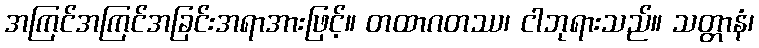
အကြင်အကြင်အခြင်းအရာအားဖြင့်။ တထာဂတဿ၊ ငါဘုရားသည်။ သတ္တာနံ၊